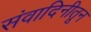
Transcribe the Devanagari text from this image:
संवादिनीतून